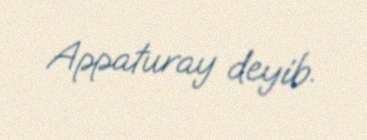
Appaturay deyib.